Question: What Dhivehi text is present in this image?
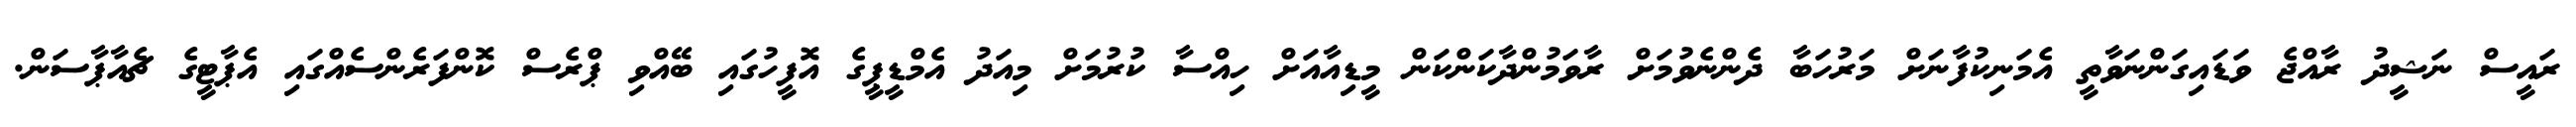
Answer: ރައީސް ނަޝީދު ރާއްޖެ ވަޑައިގަންނަވާތީ އެމަނިކުފާނަށް މަރުހަބާ ދެންނެވުމަށް ރާވަމުންދާކަންކަން މީޑިއާއަށް ހިއްސާ ކުރުމަށް މިއަދު އެމްޑީޕީގެ އޮފީހުގައި ބޭއްވި ޕްރެސް ކޮންފަރެންސެއްގައި އެޕާޓީގެ ޗެއާޕާސަން.